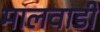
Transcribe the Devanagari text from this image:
मालवाडी